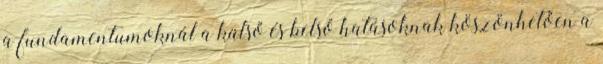
a fundamentumoknál a külső és belső hatásoknak köszönhetően a